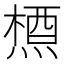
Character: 𪳝